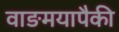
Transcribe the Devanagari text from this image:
वाङमयापैकी